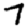
Digit: 7